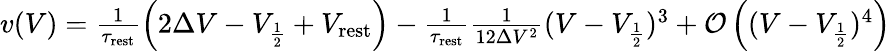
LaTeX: \begin{array}{r}{v(V)=\frac{1}{\tau_{\mathrm{rest}}}\left(2\Delta V-V_{\frac{1}{2}}+V_{\mathrm{rest}}\right)-\frac{1}{\tau_{\mathrm{rest}}}\frac{1}{12\Delta V^{2}}(V-V_{\frac{1}{2}})^{3}+\mathcal{O}\left((V-V_{\frac{1}{2}})^{4}\right)}\end{array}